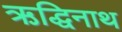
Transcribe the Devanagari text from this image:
ऋद्धिनाथ